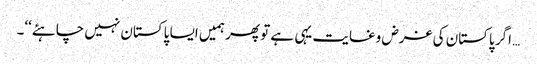
… اگر پاکستان کی غرض وغایت یہی ہے تو پھر ہمیں ایسا پاکستان نہیں چاہئے‘‘۔